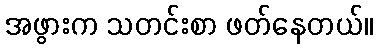
အဖွားက သတင်းစာ ဖတ်နေတယ်။